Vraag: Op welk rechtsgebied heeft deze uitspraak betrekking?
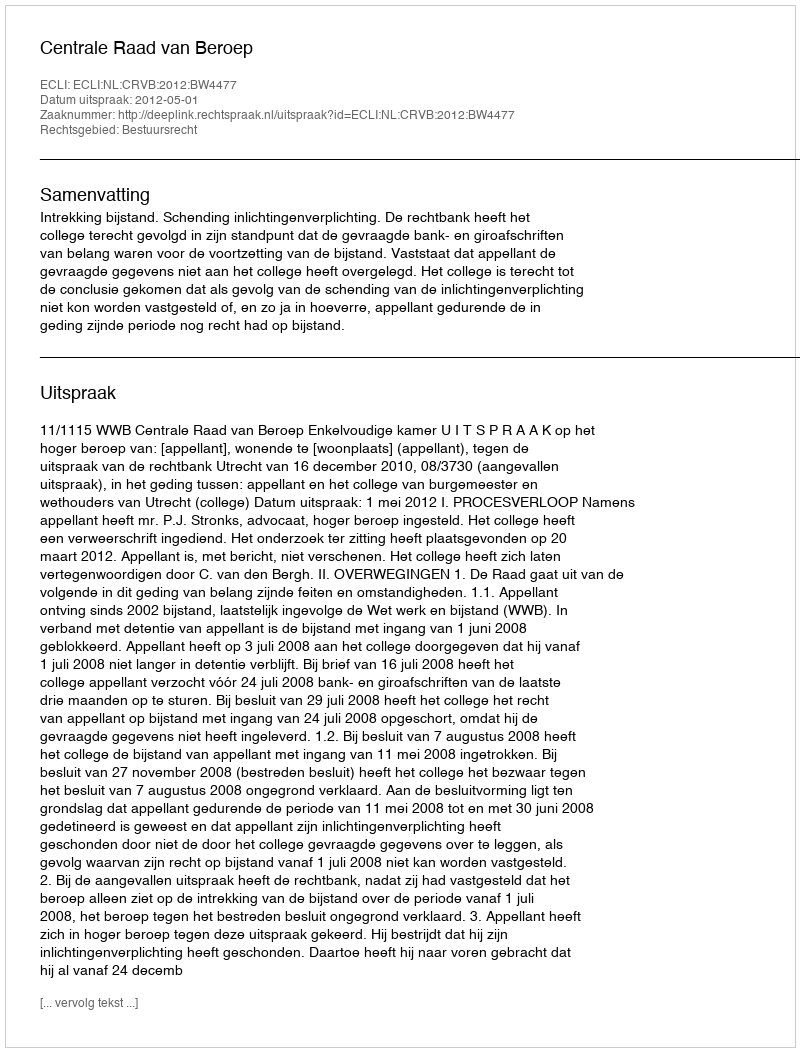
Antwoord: Bestuursrecht